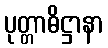
ပုတ္တာဓိဋ္ဌာနာ